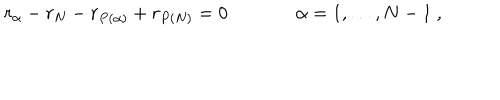
LaTeX: r _ { \alpha } - r _ { N } - r _ { P ( \alpha ) } + r _ { P ( N ) } = 0 \, ~ ~ \alpha = 1 , \dots , N - 1 \ ,